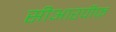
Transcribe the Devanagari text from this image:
सीआरपीफ